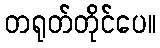
တရုတ်တိုင်ပေ။